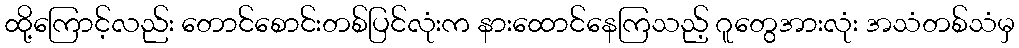
ထို့ကြောင့်လည်း တောင်စောင်းတစ်ပြင်လုံးက နားထောင်နေကြသည့် ဂူတွေအားလုံး အသံတစ်သံမှ